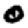
Digit: 0